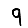
Digit: 9